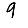
Digit: 9